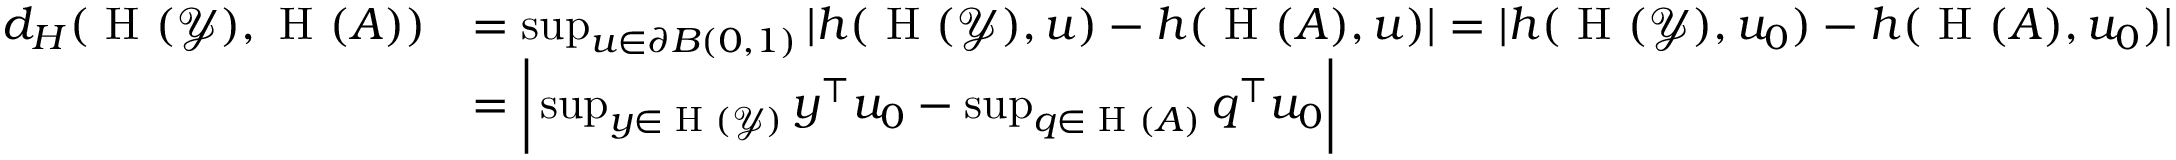
\begin{array} { r l } { d _ { H } ( \textrm { H } ( \mathcal { Y } ) , \textrm { H } ( A ) ) } & { = \operatorname* { s u p } _ { u \in \partial B ( 0 , 1 ) } | h ( \textrm { H } ( \mathcal { Y } ) , u ) - h ( \textrm { H } ( A ) , u ) | = | h ( \textrm { H } ( \mathcal { Y } ) , u _ { 0 } ) - h ( \textrm { H } ( A ) , u _ { 0 } ) | } \\ & { = \bigg | \operatorname* { s u p } _ { y \in \textrm { H } ( \mathcal { Y } ) } y ^ { \top } u _ { 0 } - \operatorname* { s u p } _ { q \in \textrm { H } ( A ) } q ^ { \top } u _ { 0 } \bigg | } \end{array}